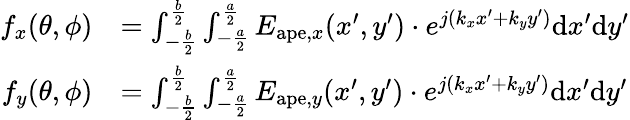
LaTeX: \begin{array}{rl}{f_{x}(\theta,\phi)}&{=\int_{-\frac{b}{2}}^{\frac{b}{2}}\int_{-\frac{a}{2}}^{\frac{a}{2}}E_{\mathrm{ape},x}(x^{\prime},y^{\prime})\cdot e^{j(k_{x}x^{\prime}+k_{y}y^{\prime})}\mathrm{d}x^{\prime}\mathrm{d}y^{\prime}}\\ {f_{y}(\theta,\phi)}&{=\int_{-\frac{b}{2}}^{\frac{b}{2}}\int_{-\frac{a}{2}}^{\frac{a}{2}}E_{\mathrm{ape},y}(x^{\prime},y^{\prime})\cdot e^{j(k_{x}x^{\prime}+k_{y}y^{\prime})}\mathrm{d}x^{\prime}\mathrm{d}y^{\prime}}\end{array}